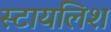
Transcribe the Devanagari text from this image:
स्टायलिश